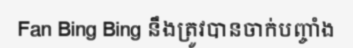
Fan Bing Bing នឹងត្រូវបានចាក់បញ្ចាំង